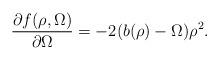
LaTeX: \begin{align*}\frac{\partial f(\rho,\Omega)}{\partial \Omega}=-2(b(\rho)-\Omega)\rho^2.\end{align*}